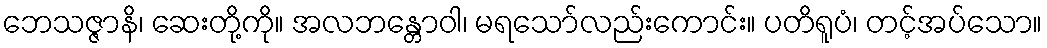
ဘေသဇ္ဇာနိ၊ ဆေးတို့ကို။ အလဘန္တောဝါ၊ မရသော်လည်းကောင်း။ ပတိရူပံ၊ တင့်အပ်သော။